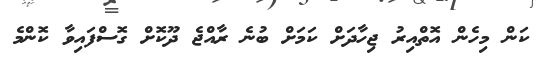
ކަން މިހެން އޮތްއިރު ޖިހާދަށް ކަމަށް ބުނެ ރާއްޖެ ދޫކޮށް ގޮސްފައިވާ ކޮންމެ